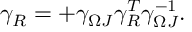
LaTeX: \gamma _ { R } = + \gamma _ { \Omega J } \gamma _ { R } ^ { T } \gamma _ { \Omega J } ^ { - 1 } .